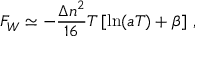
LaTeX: F _ { W } \simeq - \frac { \Delta n ^ { 2 } } { 1 6 } T \left[ \ln ( a T ) + \beta \right] \, { , }